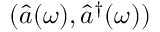
( \hat { a } ( \omega ) , \hat { a } ^ { \dagger } ( \omega ) )